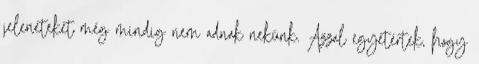
jeleneteket még mindig nem adnak nekünk. Azzal egyetértek, hogy